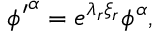
{ \phi ^ { \prime } } ^ { \alpha } = e ^ { { \lambda } _ { r } { \xi } _ { r } } { \phi } ^ { \alpha } ,